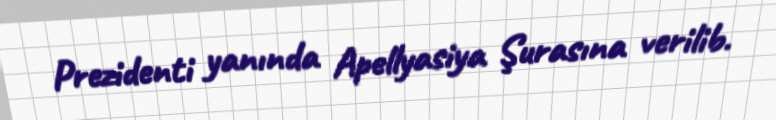
Prezidenti yanında Apellyasiya Şurasına verilib.